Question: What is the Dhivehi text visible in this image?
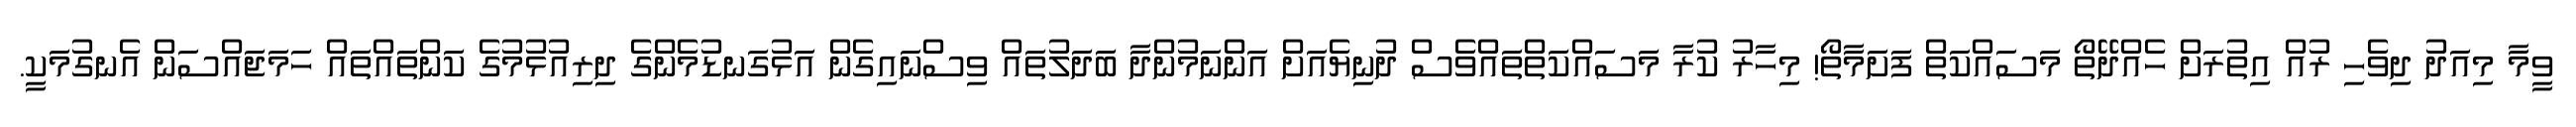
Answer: ވީމާ މިއަދު ދިވެހި ރުއް އިތުރަށް ހެއްދޭތޯ މަސައްކަތް ފަށަމާތޯ! މިހާރު ކުރާ މަސައްކަތްތައްވެސް ދުނިޔެއަށް އަންނަމުންދާ ބަދަލުތައް ވިސްނައިގެން އަޅުގަނޑުމެންގެ ދިރިއުޅުމުގެ ކަންތައްތައް ހަމަޖައްސަން އެނގުމަކީ.